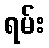
ရမ်း